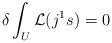
LaTeX: \begin{align*}\delta\int_U\mathcal{L}(j^1s)=0\end{align*}